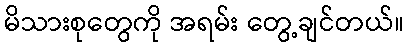
မိသားစုတွေကို အရမ်း တွေ့ချင်တယ်။